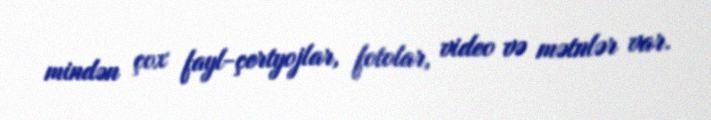
mindən çox fayl-çertyojlar, fotolar, video və mətnlər var.